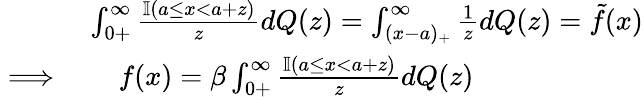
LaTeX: \begin{array}{rl}&{\int_{0+}^{\infty}\frac{\mathbb{I}(a\leq x<a+z)}{z}dQ(z)=\int_{(x-a)_{+}}^{\infty}\frac{1}{z}dQ(z)=\tilde{f}(x)}\\ {\implies}&{\quad f(x)=\beta\int_{0+}^{\infty}\frac{\mathbb{I}(a\leq x<a+z)}{z}dQ(z)}\end{array}